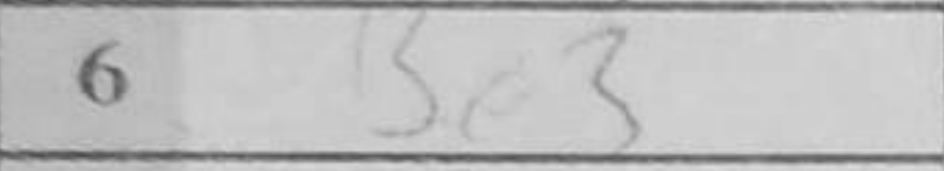
Transcription: Be3